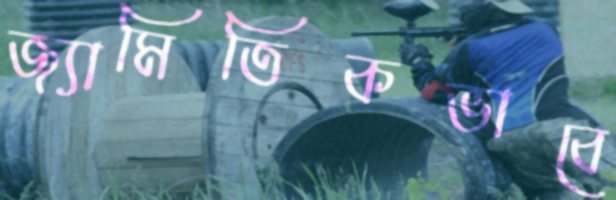
জ্যামিতিকভাবে